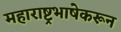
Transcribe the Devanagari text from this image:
महाराष्ट्रभाषेकरून